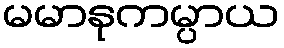
မမာနုကမ္ပာယ